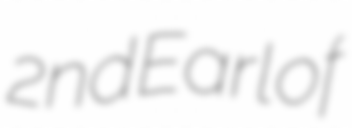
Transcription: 2nd Earl of